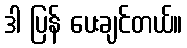
ဒါ ပြန် ပေးချင်တယ်။